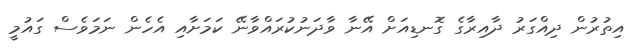
އިތުރުން ދިއްގަރު ދާއިރާގެ ގޮނޑިއަށް އޭނާ ވާދަނުކުރައްވާނޭ ކަމަށާއި އެހެން ނަމަވެސް ގައުމީ